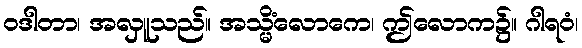
ဝဒါတာ၊ အလှူသည်။ အသ္မိံလောကေ၊ ဤလောက၌။ ဂါရဝံ၊